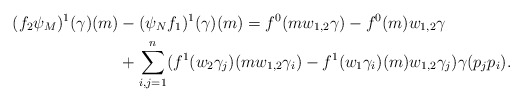
\begin{align*}(f_2\psi_M)^1(\gamma)(m) &- (\psi_Nf_1)^1(\gamma)(m) = f^0(m w_{1,2} \gamma) - f^0(m) w_{1,2} \gamma\\& + \sum_{i,j=1}^{n} (f^1(w_2 \gamma_j)(m w_{1,2} \gamma_i)-f^1(w_1\gamma_i)(m) w_{1,2} \gamma_j)\gamma(p_jp_i).\end{align*}